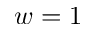
w = 1